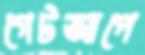
গেটআপে